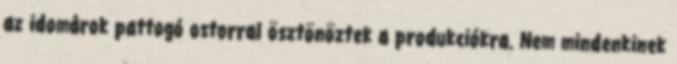
az idomárok pattogó ostorral ösztönöztek a produkciókra. Nem mindenkinek